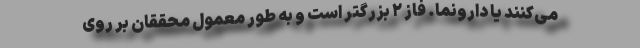
می‌کنند یا دارونما. فاز ۲ بزرگتر است و به طور معمول محققان بر روی